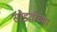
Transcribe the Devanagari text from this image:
सोडतीच्या